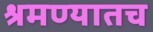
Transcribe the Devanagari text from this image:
श्रमण्यातच